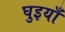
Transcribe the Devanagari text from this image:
घुइयाँ